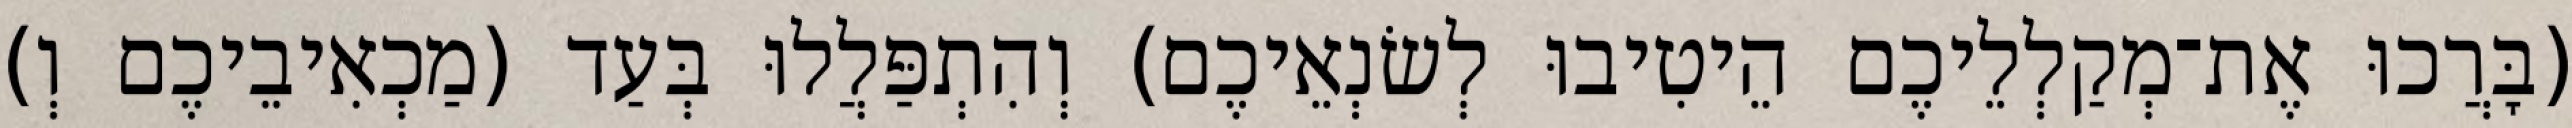
(בָּרֲכוּ אֶת־מְקַלְלֵיכֶם הֵיטִיבוּ לְשׂנְאֵיכֶם) וְהִתְפַּלֲלוּ בְּעַד (מַכְאִיבֵיכֶם וְ)